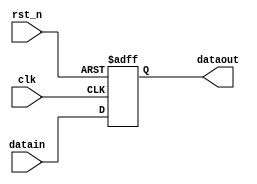
// (C) 2001-2017 Intel Corporation. All rights reserved.
// Your use of Intel Corporation's design tools, logic functions and other 
// software and tools, and its AMPP partner logic functions, and any output 
// files from any of the foregoing (including device programming or simulation 
// files), and any associated documentation or information are expressly subject 
// to the terms and conditions of the Intel Program License Subscription 
// Agreement, Intel FPGA IP License Agreement, or other applicable 
// license agreement, including, without limitation, that your use is for the 
// sole purpose of programming logic devices manufactured by Intel and sold by 
// Intel or its authorized distributors.  Please refer to the applicable 
// agreement for further details.


// synthesis translate_off
`timescale 1ns / 1ps
// synthesis translate_on

module altera_gtr_pipeline_stage #(
    parameter DATA_WIDTH = 1
) (
    input                       clk,
    input                       rst_n,
    input [DATA_WIDTH-1:0]      datain,

    output reg [DATA_WIDTH-1:0] dataout

);

always @(posedge clk or negedge rst_n) begin
    if (!rst_n)
        dataout <= {DATA_WIDTH{1'b0}};
    else
        dataout <= datain;
end

endmodule